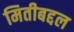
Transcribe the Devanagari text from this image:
मितीबद्दल